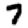
Digit: 7